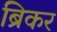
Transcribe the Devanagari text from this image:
ब्रिकर